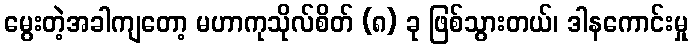
မွေးတဲ့အခါကျတော့ မဟာကုသိုလ်စိတ် (၈) ခု ဖြစ်သွားတယ်၊ ဒါနကောင်းမှု